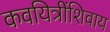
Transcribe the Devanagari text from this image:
कवयित्रींशिवाय